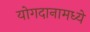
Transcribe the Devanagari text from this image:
योगदानामध्ये